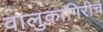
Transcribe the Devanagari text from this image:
वालुकागिरीच